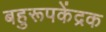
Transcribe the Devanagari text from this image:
बहुरूपकेंद्रक